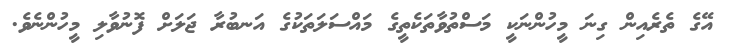
އޭގެ ތެރެއިން ގިނަ މީހުންނަކީ މަސްތުވާތަކެތީގެ މައްސަލަތަކުގެ އަނބުރާ ޖަލަށް ފޮނުވާލި މީހުންނެވެ.